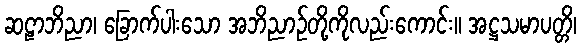
ဆဠာဘိညာ၊ ခြောက်ပါးသော အဘိညာဉ်တို့ကိုလည်းကောင်း။ အဋ္ဌသမာပတ္တိ၊